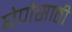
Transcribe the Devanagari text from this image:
घेणेसाठी